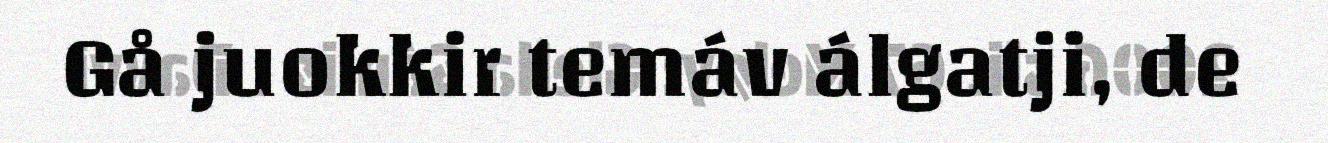
Gå juokkir temáv álgatji, de